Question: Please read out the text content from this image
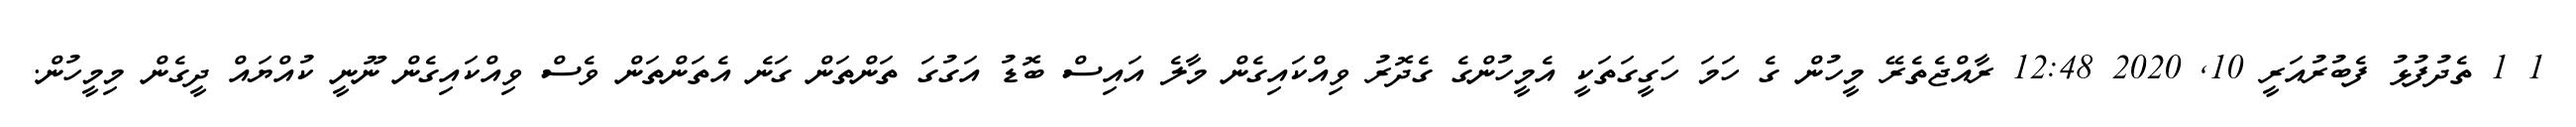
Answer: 1 1 ތެދުފުޅު ފެބުރުއަރީ 10, 2020 12:48 ރާއްޖެތެރޭ މީހުން ގެ ހަމަ ހަގީގަތަކީ އެމީހުންގެ ގެދޮރު ވިއްކައިގެން މާލެ އައިސް ބޮޑު އަގުގަ ތަންތަން ގަނެ އެތަންތަން ވެސް ވިއްކައިގެން ނޫނީ ކުއްޔައް ދީގެން މިމީހުން.